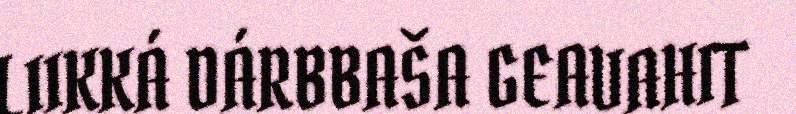
LIIKKÁ DÁRBBAŠA GEAVAHIT